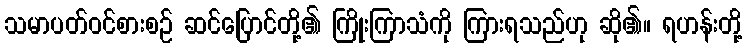
သမာပတ်ဝင်စားစဉ် ဆင်ပြောင်တို့၏ ကြိုးကြာသံကို ကြားရသည်ဟု ဆို၏။ ရဟန်းတို့